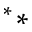
^ * *